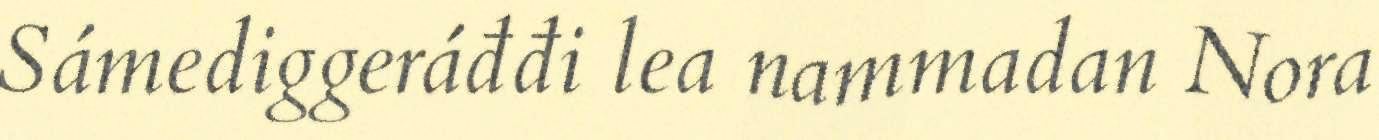
Sámediggeráđđi lea nammadan Nora